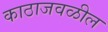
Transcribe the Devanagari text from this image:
काठाजवळील